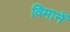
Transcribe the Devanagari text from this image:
विमानें